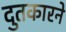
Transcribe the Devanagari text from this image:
दुतकारने